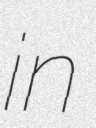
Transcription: in